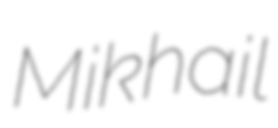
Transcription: Mikhail